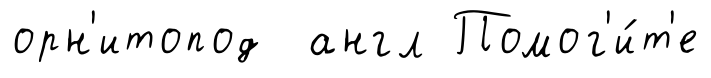
орн'итопод англ Помог'и́т'е